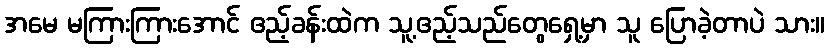
အမေ မကြားကြားအောင် ဧည့်ခန်းထဲက သူ့ဧည့်သည်တွေရှေ့မှာ သူ ပြောခဲ့တာပဲ သား။